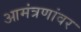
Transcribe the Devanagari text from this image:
आमंत्रणांवर